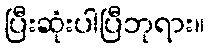
ပြီးဆုံးပါပြီဘုရား။